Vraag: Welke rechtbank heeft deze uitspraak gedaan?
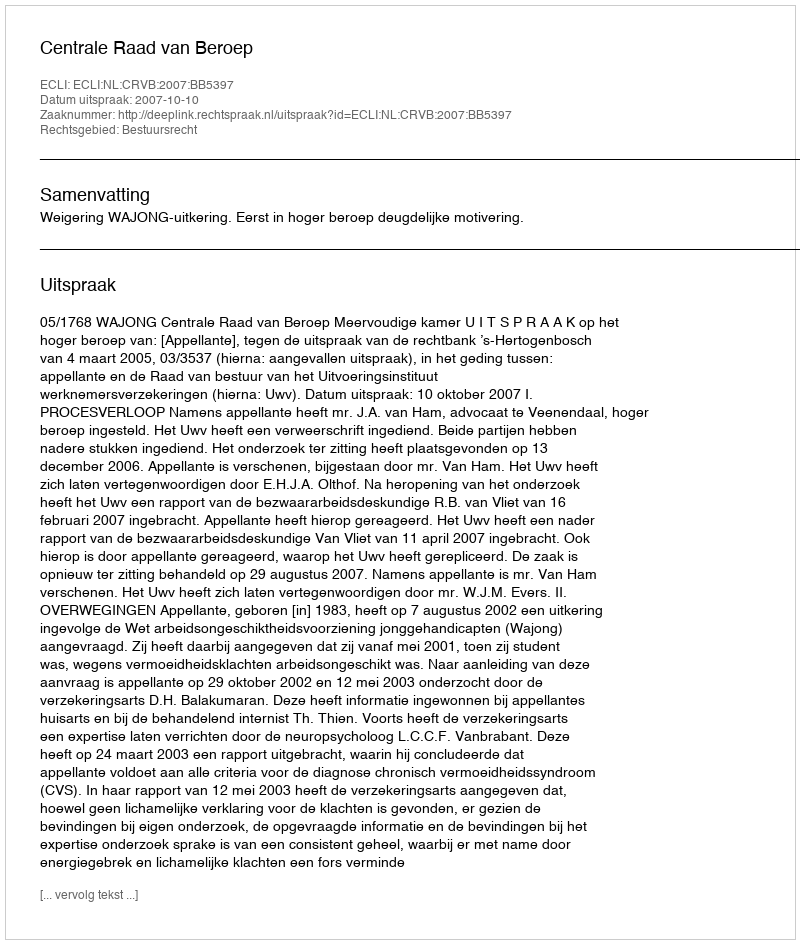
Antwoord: Centrale Raad van Beroep